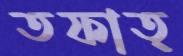
তফাত্